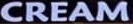
CREAM